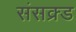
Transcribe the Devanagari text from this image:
संसक्र्ड